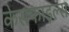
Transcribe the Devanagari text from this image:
केसफाइल्स